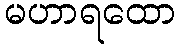
မဟာရထော